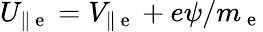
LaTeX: U_{\| \mathrm{~e~}}=V_{\| \mathrm{~e~}}+e\psi/m_{\mathrm{~e~}}